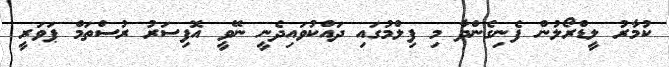
ކުމާރު ލީޑްރޯލުން ފެނިގެންދާ މި ފިލްމުގައި ދައްކުވައިދެނީ ނޭވީ އޮފިސަރު ރުސްތަމް ޕަވަރީ